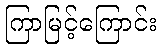
ကြာမြင့်ကြောင်း